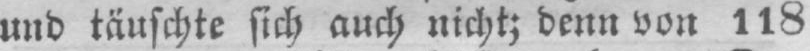
und täuschte sich auch nicht; denn von 118